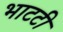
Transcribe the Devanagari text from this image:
भाटटी